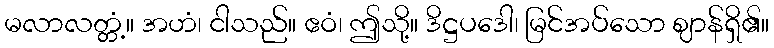
မလာလတ္တံ့။ အဟံ၊ ငါသည်။ ဧဝံ၊ ဤသို့။ ဒိဋ္ဌပဒေါ၊ မြင်အပ်သော ဈာန်ရှိ၏။